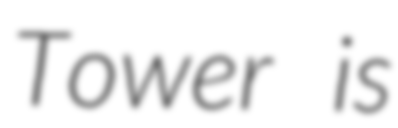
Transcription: Tower is